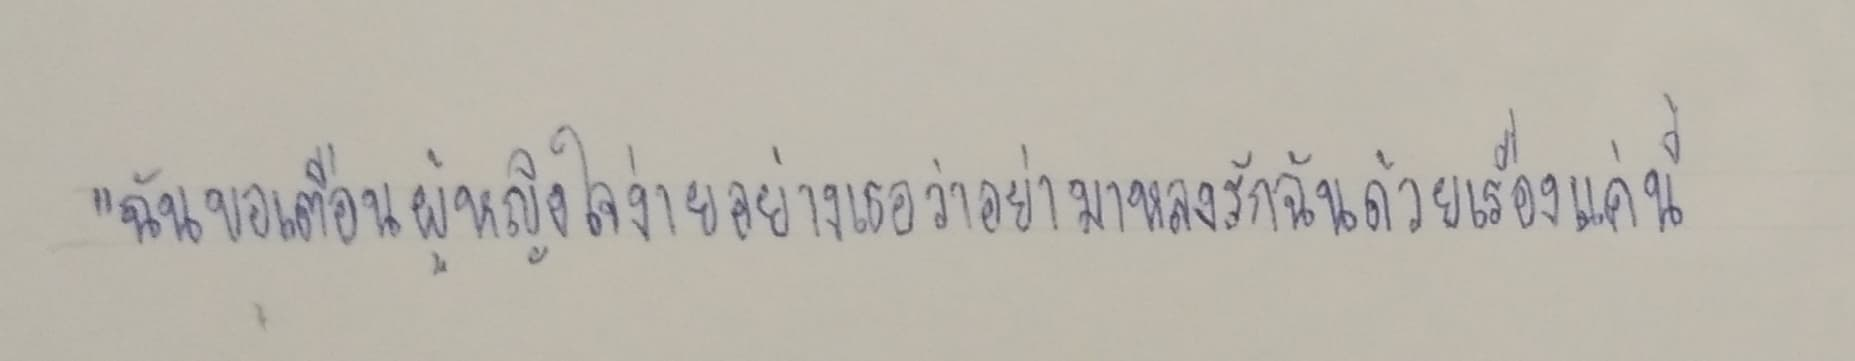
"ฉันขอเตือนผู้หญิงใจง่ายอย่างเธอว่าอย่ามาหลงรักฉันด้วยเรื่องแค่นี้